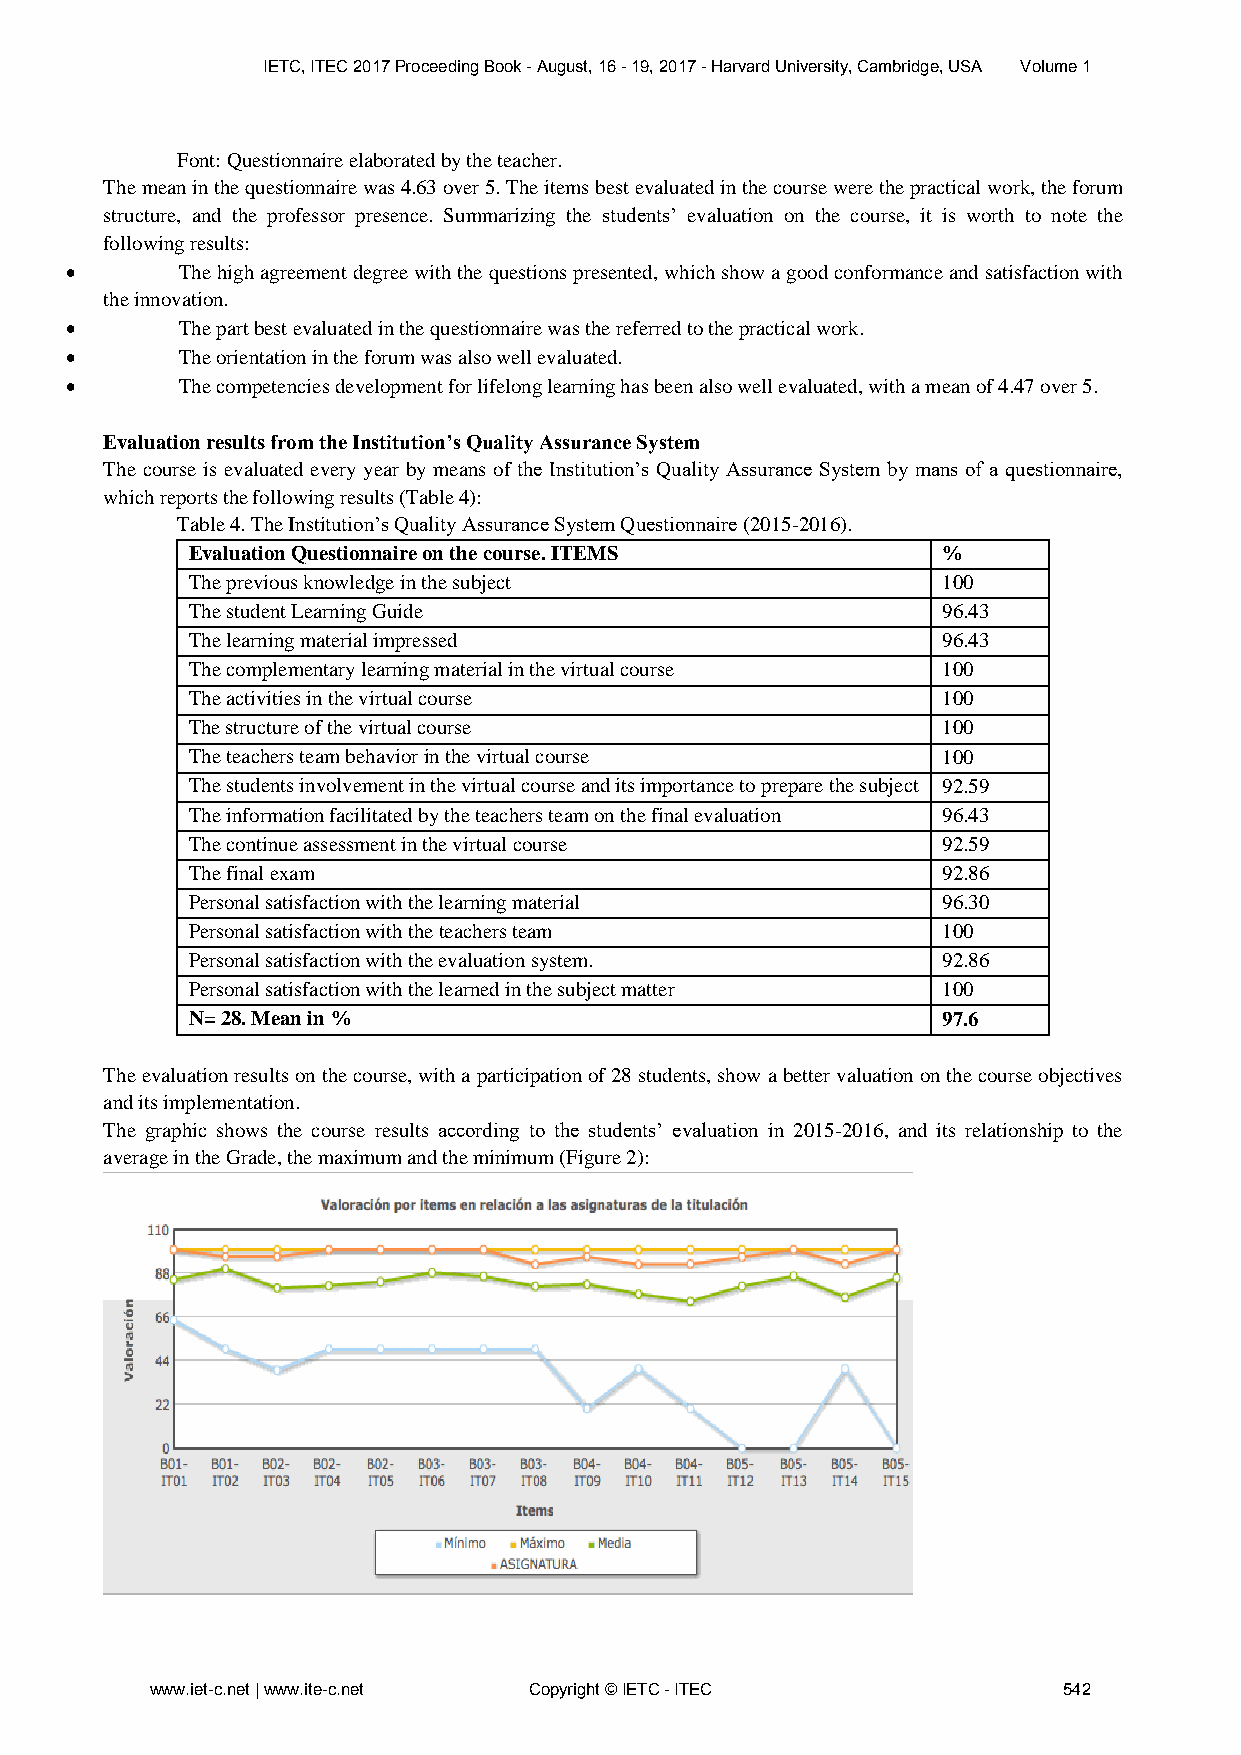
IETC, ITEC 2017 Proceeding Book - August, 16 - 19, 2017 - Harvard University, Cambridge, USA Volume 1
 Font: Questionnaire elaborated by the teacher.
 The mean in the questionnaire was 4.63 over 5. The items best evaluated in the course were the practical work, the forum
 structure, and the professor presence. Summarizing the students’ evaluation on the course, it is worth to note the
 following results:
        The high agreement degree with the questions presented, which show a good conformance and satisfaction with
 the innovation.
        The part best evaluated in the questionnaire was the referred to the practical work.
        The orientation in the forum was also well evaluated.
        The competencies development for lifelong learning has been also well evaluated, with a mean of 4.47 over 5.
 Evaluation results from the Institution’s Quality Assurance System
 The course is evaluated every year by means of the Institution’s Quality Assurance System by mans of a questionnaire,
 which reports the following results (Table 4):
 Table 4. The Institution’s Quality Assurance System Questionnaire (2015-2016).
 Evaluation Questionnaire on the course. ITEMS     %
 The previous knowledge in the subject             100
 The student Learning Guide                        96.43
 The learning material impressed                   96.43
 The complementary learning material in the virtual course 100
 The activities in the virtual course              100
 The structure of the virtual course               100
 The teachers team behavior in the virtual course  100
 The students involvement in the virtual course and its importance to prepare the subject 92.59
 The information facilitated by the teachers team on the final evaluation 96.43
 The continue assessment in the virtual course     92.59
 The final exam                                    92.86
 Personal satisfaction with the learning material  96.30
 Personal satisfaction with the teachers team      100
 Personal satisfaction with the evaluation system. 92.86
 Personal satisfaction with the learned in the subject matter 100
 N= 28. Mean in %                                  97.6
 The evaluation results on the course, with a participation of 28 students, show a better valuation on the course objectives
 and its implementation.
 The graphic shows the course results according to the students’ evaluation in 2015-2016, and its relationship to the
 average in the Grade, the maximum and the minimum (Figure 2):
 www.iet-c.net | www.ite-c.net Copyright © IETC - ITEC       542